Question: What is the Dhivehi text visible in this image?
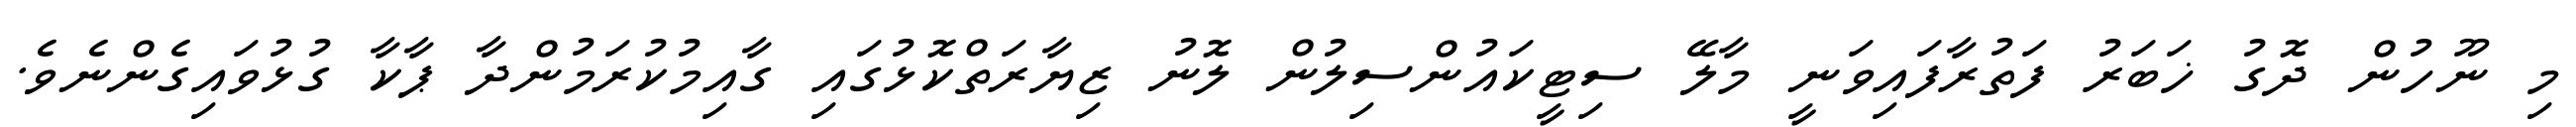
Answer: މި ނޫހުން ދޮގު ޚަބަރު ފަތުރާފައިވަނީ މާލޭ ސިޓީކައުންސިލުން ލޮނު ޒިޔާރަތްކޮޅުގައި ގާއިމުކުރަމުންދާ ޕާކާ ގުޅުވައިގެންނެވެ.